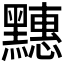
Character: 𪒜